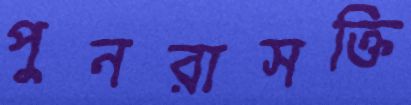
পুনরাসক্তি